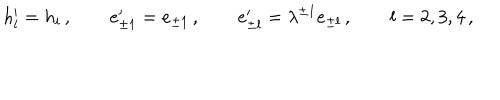
LaTeX: h _ { l } ^ { \prime } = h _ { i } \, , \qquad e _ { \pm 1 } ^ { \prime } = e _ { \pm 1 } \, , \qquad e _ { \pm l } ^ { \prime } = \lambda ^ { \pm 1 } e _ { \pm l } \, , \qquad l = 2 , 3 , 4 \, ,